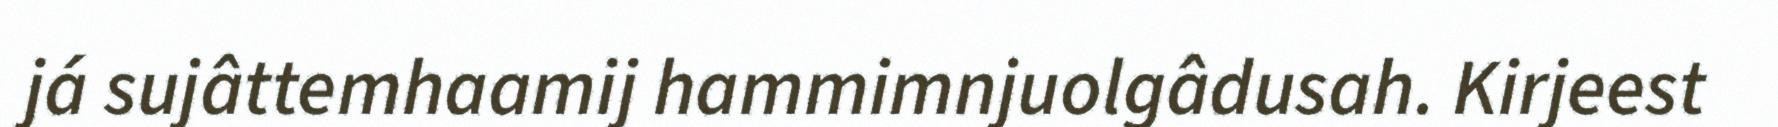
já sujâttemhaamij hammimnjuolgâdusah. Kirjeest